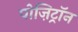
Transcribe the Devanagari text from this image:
पोज़िट्रॉन